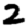
Digit: 2